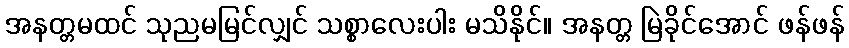
အနတ္တမထင် သုညမမြင်လျှင် သစ္စာလေးပါး မသိနိုင်။ အနတ္တ မြဲခိုင်အောင် ဖန်ဖန်